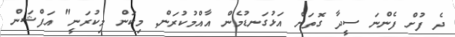
ދެ ފުށް ފެންނަ ސީދާ ގޮތަށް އަޅުގަނޑުމެން އާއްމުކުރަން